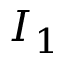
I _ { 1 }